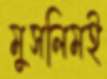
মুসলিমই